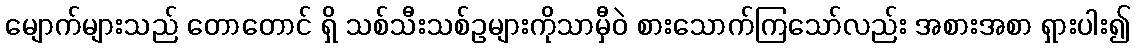
မျောက်များသည် တောတောင် ရှိ သစ်သီးသစ်ဥများကိုသာမှီဝဲ စားသောက်ကြသော်လည်း အစားအစာ ရှားပါး၍